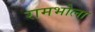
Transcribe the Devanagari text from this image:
रामभोला